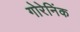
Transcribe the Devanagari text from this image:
गोरेनिंक